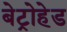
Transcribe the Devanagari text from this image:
बेट्रोहेड